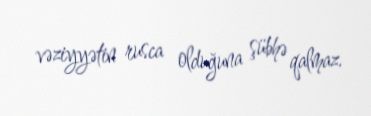
vəziyyətin rusca olduğuna şübhə qalmaz.